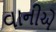
વાનીએ